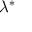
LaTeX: \, \! \lambda ^ { * }